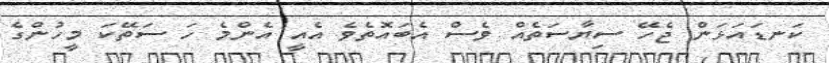
ކަނޑައަޅަން ޖެހޭ ސިޔާސަތެއް ވެސް އެބައޮތެވެ އެއީ އެންމެ ހަ ސަތޭކަ މީހުންގެ